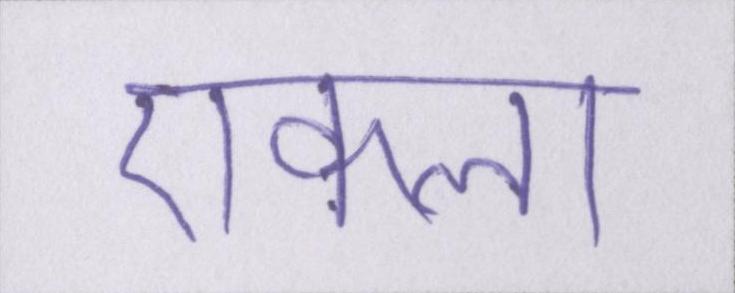
एकला